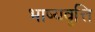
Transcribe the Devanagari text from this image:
भाष्यवृत्ति